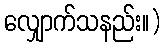
လျှောက်သနည်း။)